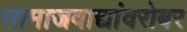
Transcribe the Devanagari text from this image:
सामाजवाद्यांवरोबर